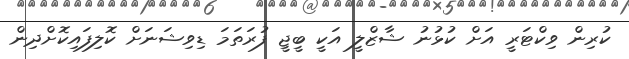
ކުރިން ވިކްޓަރީ އަށް ކުޅުނު ޝާޒްލީ އަކީ ބީޖީ ފުރަތަމަ ޑިވިޝަނަށް ކޮލިފައިކޮށްދިން